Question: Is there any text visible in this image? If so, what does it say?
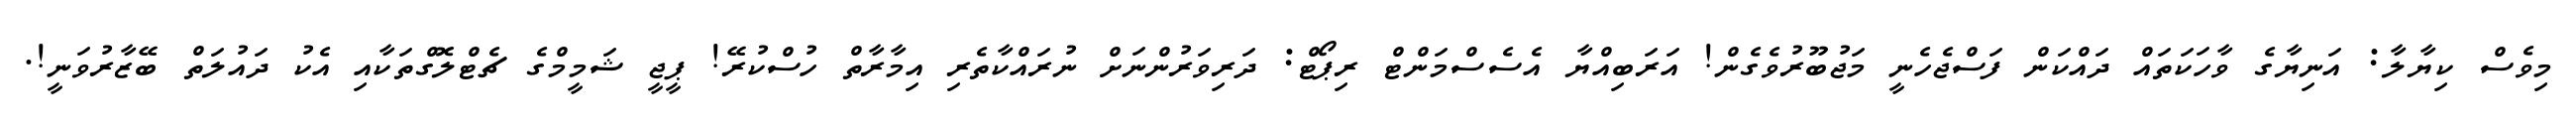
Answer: މިވެސް ކިޔާލާ: އަނިޔާގެ ވާހަކަތައް ދައްކަން ފަސްޖެހެނީ މަޖުބޫރުވެގެން! އަރަބިއްޔާ އެސެސްމަންޓް ރިޕޯޓް: ދަރިވަރުންނަށް ނުރައްކާތެރި އިމާރާތް ހުސްކުރޭ! ޕީޖީ ޝަމީމްގެ ޗެޓްލޮގްތަކާއި އެކު ދައުލަތް ބޭޒާރުވަނީ!.